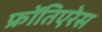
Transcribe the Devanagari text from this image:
फ्रोंतिएरेस